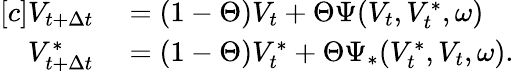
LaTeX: \begin{array}{r}{\begin{array}{rl}{[c]V_{t+\Delta{t}}}&{{}=(1-\Theta)V_{t}+\Theta\Psi(V_{t},V_{t}^{\ast},\omega)}\\ {V_{t+\Delta{t}}^{\ast}}&{{}=(1-\Theta)V_{t}^{\ast}+\Theta\Psi_{\ast}(V_{t}^{\ast},V_{t},\omega).}\end{array}}\end{array}